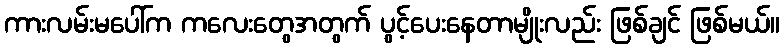
ကားလမ်းမပေါ်က ကလေးတွေအတွက် ပွင့်ပေးနေတာမျိုးလည်း ဖြစ်ချင် ဖြစ်မယ်။